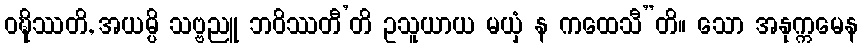
ဝဍ္ဎိဿတိ, အယမ္ပိ သဗ္ဗညူ ဘဝိဿတီ’တိ ဥသူယာယ မယှံ န ကထေသီ”တိ။ သော အနုက္ကမေန